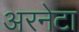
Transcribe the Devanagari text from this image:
अरनेटा